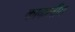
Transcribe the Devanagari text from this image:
काकलीय